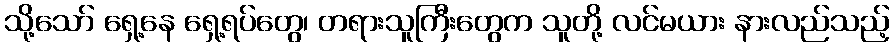
သို့သော် ရှေ့နေ ရှေ့ရပ်တွေ၊ တရားသူကြီးတွေက သူတို့ လင်မယား နားလည်သည့်